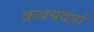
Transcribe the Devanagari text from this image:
क्रवयदंतों